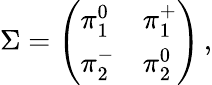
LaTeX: \Sigma=\left(\begin{array}{ll}{{\pi_{1}^{0}}}&{{\pi_{1}^{+}}}\\ {{\pi_{2}^{-}}}&{{\pi_{2}^{0}}}\end{array}\right)\, ,